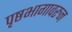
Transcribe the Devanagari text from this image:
पृष्ठभागावरुन